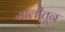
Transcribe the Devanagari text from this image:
सालीतून